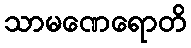
သာမဏေရောတိ